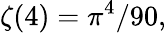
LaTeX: \zeta(4)=\pi^{4}/90,